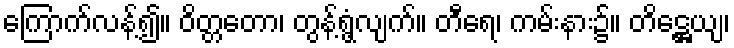
ကြောက်လန့်၍။ ဝိတ္တတော၊ တွန့်ရွံ့လျက်။ တီရေ၊ ကမ်းနား၌။ တိဋ္ဌေယျ၊